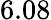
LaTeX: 6.08